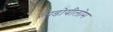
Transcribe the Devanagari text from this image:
स्यूडोयीलोम